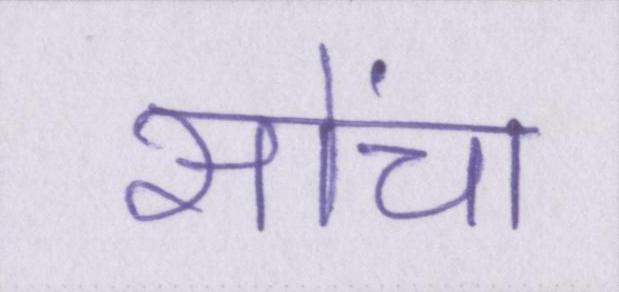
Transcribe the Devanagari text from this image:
सोंचा